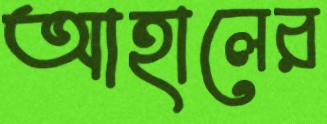
আহালের